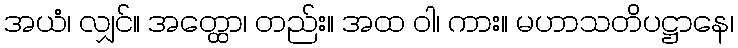
အယံ၊ လျှင်။ အတ္ထော၊ တည်း။ အထ ဝါ၊ ကား။ မဟာသတိပဋ္ဌာနေ၊